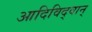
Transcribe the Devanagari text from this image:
आदिविद्वान्‌